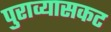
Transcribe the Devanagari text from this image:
पुराव्यासकट